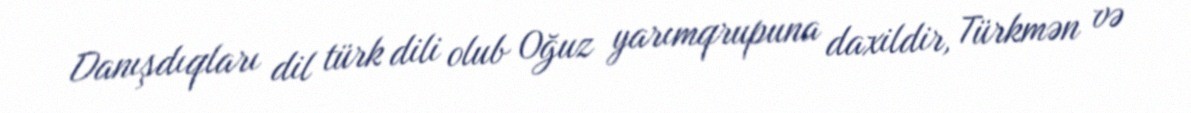
Danışdıqları dil türk dili olub Oğuz yarımqrupuna daxildir, Türkmən və